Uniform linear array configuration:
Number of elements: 24
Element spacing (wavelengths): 1
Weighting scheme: uniform
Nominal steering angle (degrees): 15
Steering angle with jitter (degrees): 13.076
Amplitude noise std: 0.05
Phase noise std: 0.05

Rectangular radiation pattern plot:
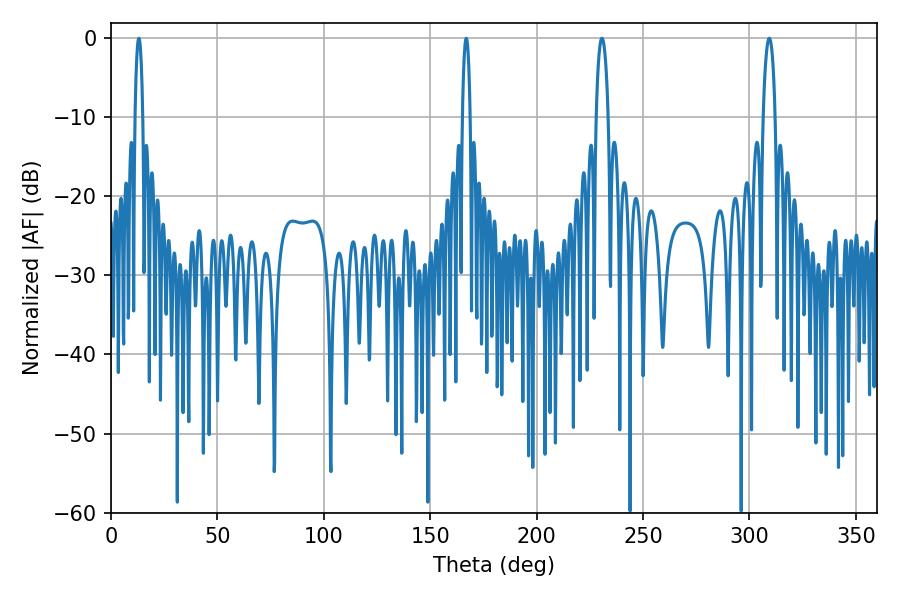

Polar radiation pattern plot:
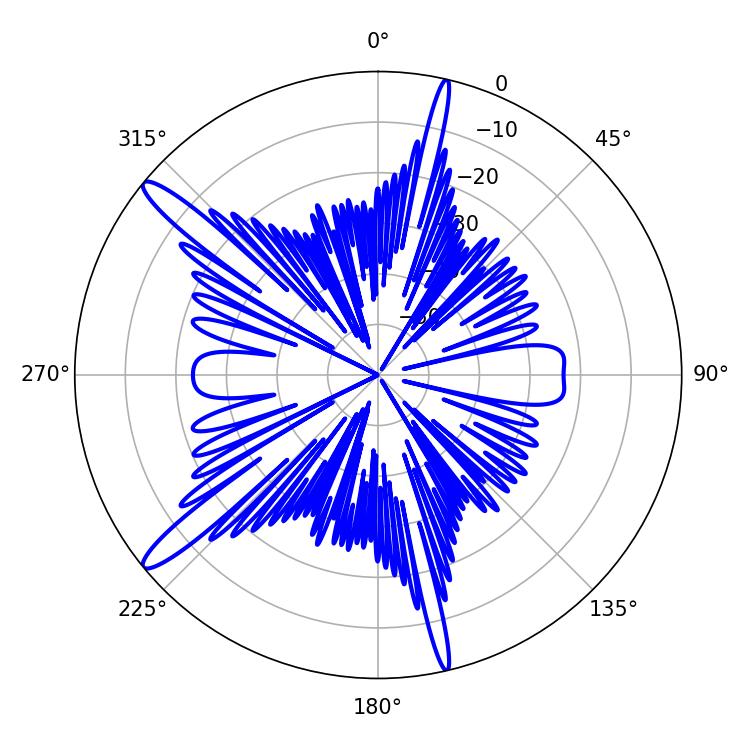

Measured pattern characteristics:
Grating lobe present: TRUE
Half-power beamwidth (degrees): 3.24
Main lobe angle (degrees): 230.76